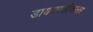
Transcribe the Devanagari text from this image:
डायवरसीकलर